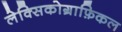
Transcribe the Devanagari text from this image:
लेक्सिकोग्राफ़िकल